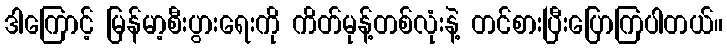
ဒါကြောင့် မြန်မာ့စီးပွားရေးကို ကိတ်မုန့်တစ်လုံးနဲ့ တင်စားပြီးပြောကြပါတယ်။